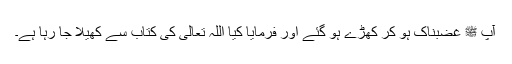
آپ ﷺ غضبناک ہو کر کھڑے ہو گئے اور فرمایا کیا اللہ تعالیٰ کی کتاب سے کھیلا جا رہا ہے۔